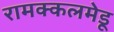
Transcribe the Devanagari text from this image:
रामक्कलमेडू